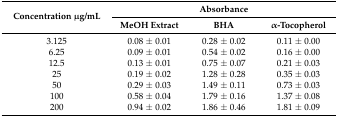
<table><thead><tr><td rowspan="2"><b>Concentration μg/mL</b></td><td colspan="3"><b>Absorbance</b></td></tr><tr><td><b>MeOH Extract</b></td><td><b>BHA</b></td><td><b>α-Tocopherol</b></td></tr></thead><tbody><tr><td>3.125</td><td>0.08 ± 0.01</td><td>0.28 ± 0.02</td><td>0.11 ± 0.00</td></tr><tr><td>6.25</td><td>0.09 ± 0.01</td><td>0.54 ± 0.02</td><td>0.16 ± 0.00</td></tr><tr><td>12.5</td><td>0.13 ± 0.01</td><td>0.75 ± 0.07</td><td>0.21 ± 0.03</td></tr><tr><td>25</td><td>0.19 ± 0.02</td><td>1.28 ± 0.28</td><td>0.35 ± 0.03</td></tr><tr><td>50</td><td>0.29 ± 0.03</td><td>1.49 ± 0.11</td><td>0.73 ± 0.03</td></tr><tr><td>100</td><td>0.58 ± 0.04</td><td>1.79 ± 0.16</td><td>1.37 ± 0.08</td></tr><tr><td>200</td><td>0.94 ± 0.02</td><td>1.86 ± 0.46</td><td>1.81 ± 0.09</td></tr></tbody></table>